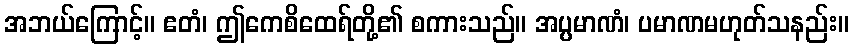
အဘယ်ကြောင့်။ ဧတံ၊ ဤကေစိထေရ်တို့၏ စကားသည်။ အပ္ပမာဏံ၊ ပမာဏမဟုတ်သနည်း။